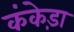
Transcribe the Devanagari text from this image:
कंकेड़ा